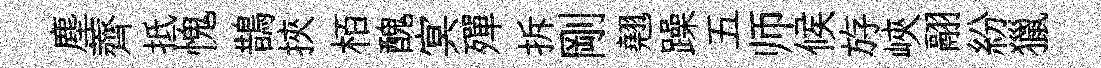
塵薺抵愧鵲挾栢醜㝠殫拆剛翹躁五师候斿峽翮紛獵